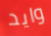
وايد